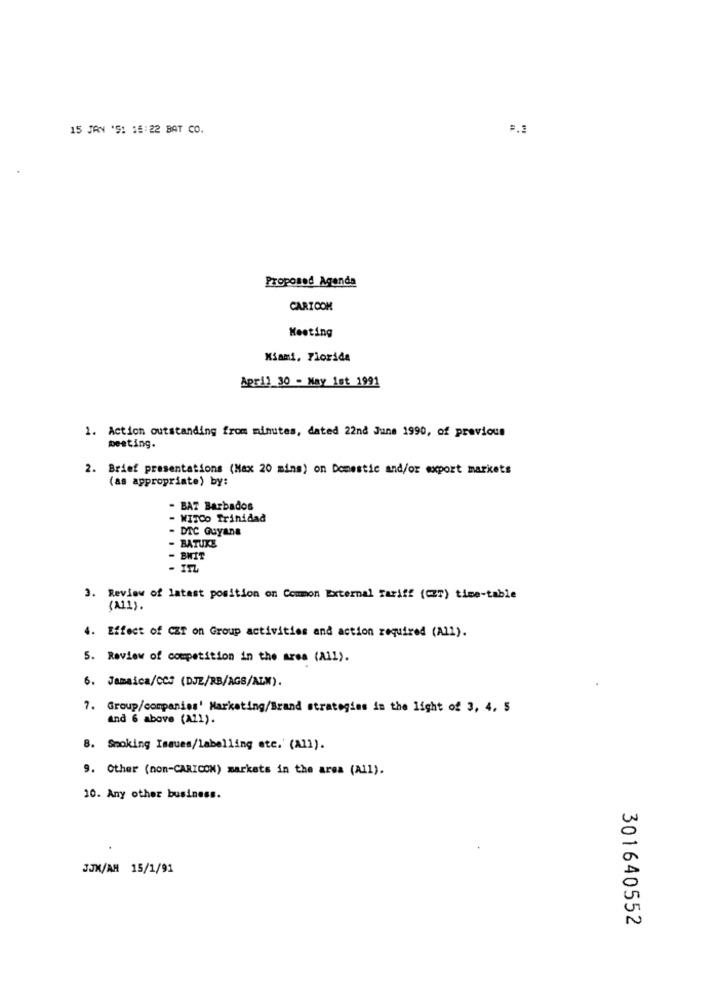
15 JAN 'S: 16:22 BAT CO.
Proposed Agenda
CARICOM
Meeting
Miami, Florida
April_30 - May 1st 1991
1. Action outstanding from minutes, dated 22nd June 1990, of previous
meeting.
2. Brief presentations (Max 20 mins) on Domestic and/or export markets
(as appropriate) by:
- BAT Barbados
- WITCO Trinidad
DTC Guyana
-BATUKE
- BWIT
- ITL
3. Review of latast position on Common External Tariff (CET) time-table
(11).
4. Effect of CZT on Group activities and action required (All).
5. Review of competition in the area (All).
6. Jamaica/CC: (DJZ/RB/AGS/ALM).
7. Group/companies' Marketing/Brand strategies in the light of 3, 4, 5
and 6 above (A11).
8. Smoking Issues/labelling ete.' (All).
9. Other (non-CARICON) markets in the area (All).
10. Any other business.
JJX/AM 15/1/91
301640552